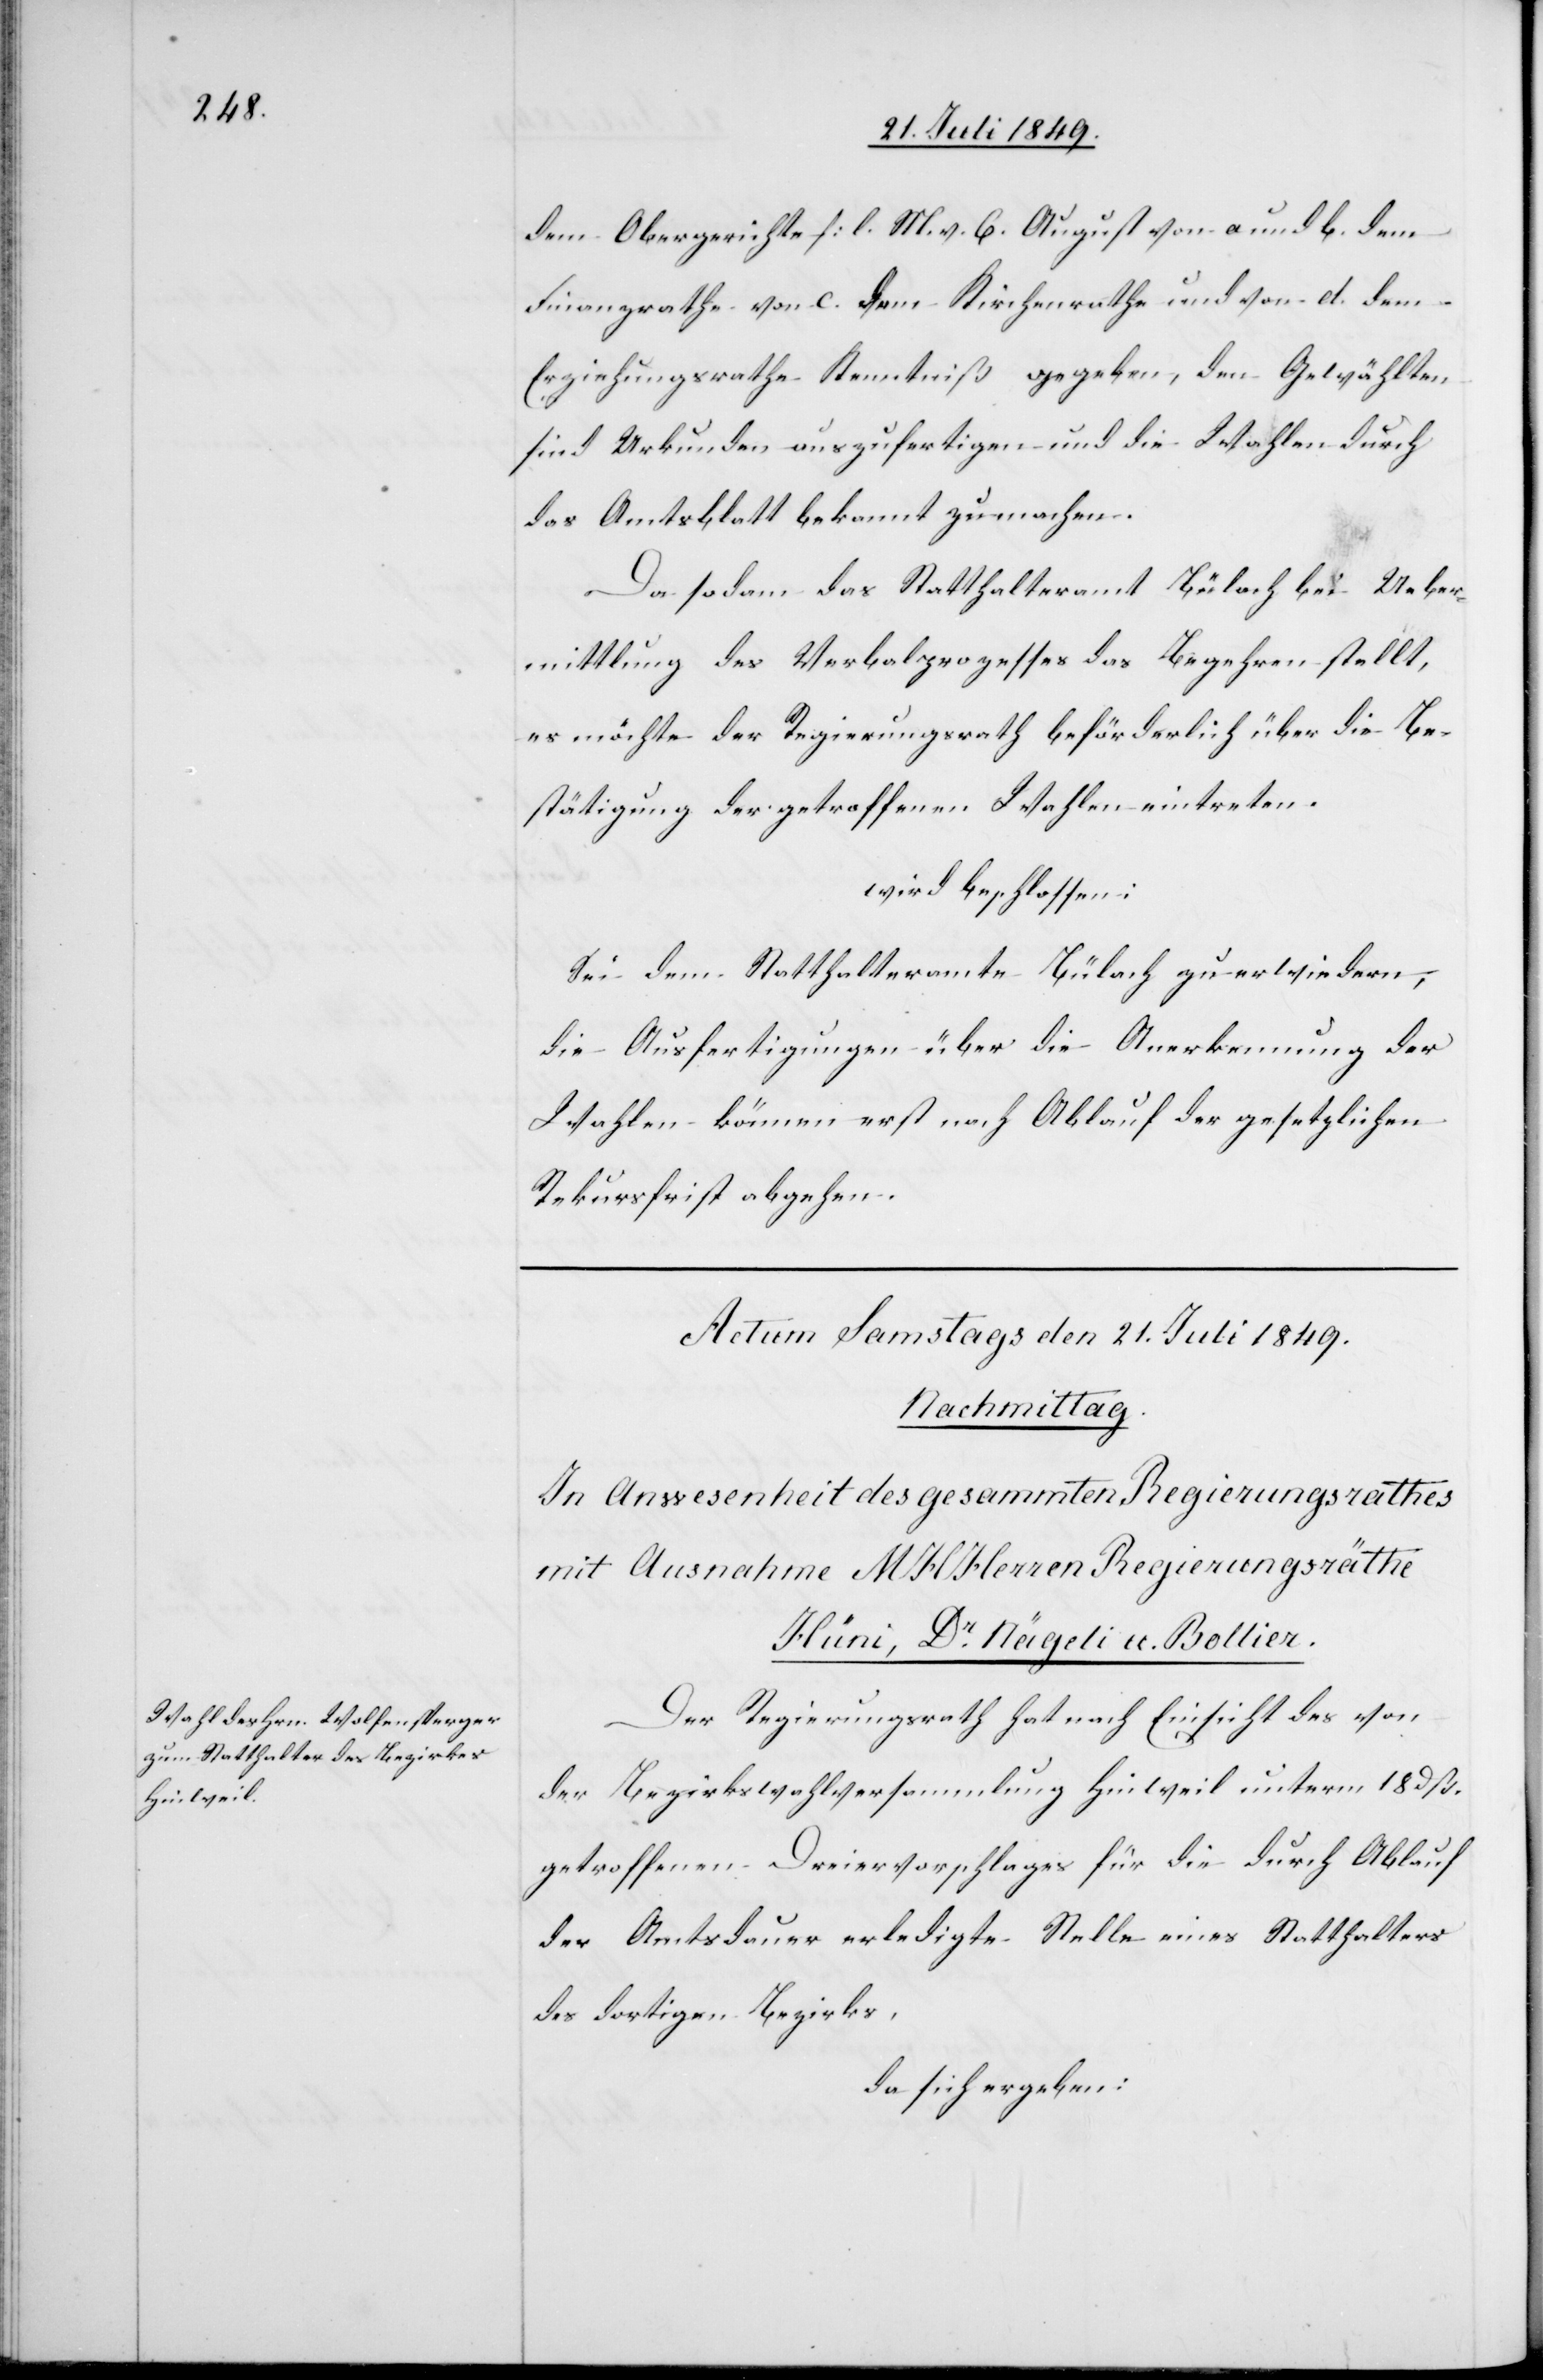
dem Obergerichte [l. M. v. 6. August[]] von a und b. dem
Finanzrathe von c. dem Kirchenrathe und von d. dem
Erziehungsrathe Kenntniß gegeben, den Gewählten
sind Urkunden auszufertigen und die Wahlen durch
das Amtsblatt bekannt zu machen.
Da sodann das Statthalteramt Bülach bei Ueber¬
mittlung des Verbalprozesses das Begehren stellt,
es möchte der Regierungsrath beförderlich über die Be¬
stätigung der getroffenen Wahlen eintreten.
wird beschlossen:
Sei dem Statthalteramte Bülach zu erwiedern;
die Ausfertigungen über die Anerkennung der
Wahlen können erst nach Ablauf der gesetzlichen
Rekursfrist abgehen.
Der Regierungsrath hat nach Einsicht des von
der Bezirkswahlversammlung Hinweil unterm 18 dß.
getroffenen Dreiervorschlages für die durch Ablauf
der Amtsdauer erledigte Stelle eines Statthalters
des dortigen Bezirks,
da sich ergeben: